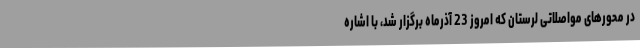
در محورهای مواصلاتی لرستان که امروز 23 آذرماه برگزار شد، با اشاره